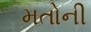
મતોની